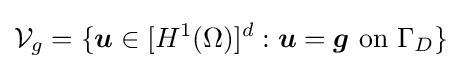
{\mathcal {V}}_{g}=\{{\boldsymbol {u}}\in [H^{1}(\Omega )]^{d}:{\boldsymbol {u}}={\boldsymbol {g}}{\text{ on }}\Gamma _{D}\}